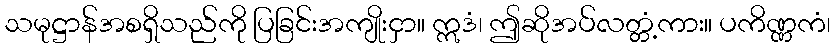
သမုဋ္ဌာန်အစရှိသည်ကို ပြခြင်းအကျိုးငှာ။ ဣဒံ၊ ဤဆိုအပ်လတ္တံ့ကား။ ပကိဏ္ဏကံ၊